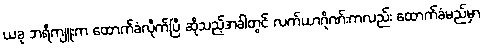
ယခု ဘရီကျူးက ထောက်ခံလိုက်ပြီ ဆိုသည့်အခါတွင် လက်ယာဂိုဏ်းကလည်း ထောက်ခံမည်မှာ